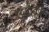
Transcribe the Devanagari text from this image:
अर्थबळ